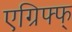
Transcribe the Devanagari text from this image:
एग्रिफ्फ्